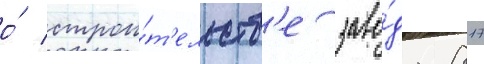
о́ строи́т'ельств'е заво́да 817